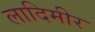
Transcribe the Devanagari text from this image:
लादिमीर